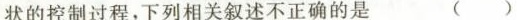
状的控制过程，下列相关叙述不正确的是 ( )